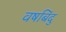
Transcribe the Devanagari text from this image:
वषबिंदु